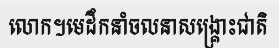
លោក។មេដឹកនាំចលនាសង្គ្រោះជាតិ